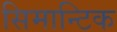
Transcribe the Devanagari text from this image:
सिमान्टिक